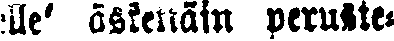
elle' äskettäin peruste-